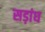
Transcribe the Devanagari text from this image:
सड़ांघ